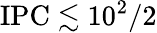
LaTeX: \mathrm{IPC}\lesssim 10^{2}/2